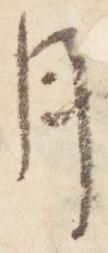
月